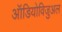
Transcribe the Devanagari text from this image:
ऑडियोविजुअल